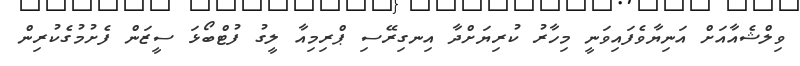
ވިލްޝެއާއަށް އަނިޔާވެފައިވަނީ މިހާރު ކުރިޔަށްދާ އިނގިރޭސި ޕްރިމިއާ ލީގު ފުޓްބޯޅަ ސީޒަން ފެށުމުގެކުރިން